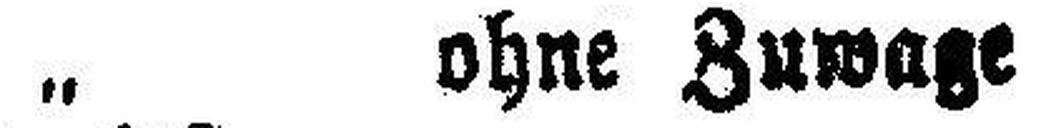
„ ohne Zuwage